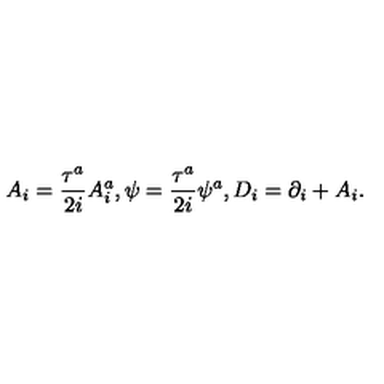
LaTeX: A _ { i } = \frac { \tau ^ { a } } { 2 i } A _ { i } ^ { a } , \psi = \frac { \tau ^ { a } } { 2 i } \psi ^ { a } , D _ { i } = \partial _ { i } + A _ { i } .